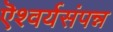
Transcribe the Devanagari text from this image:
ऎश्वर्यसंपन्न